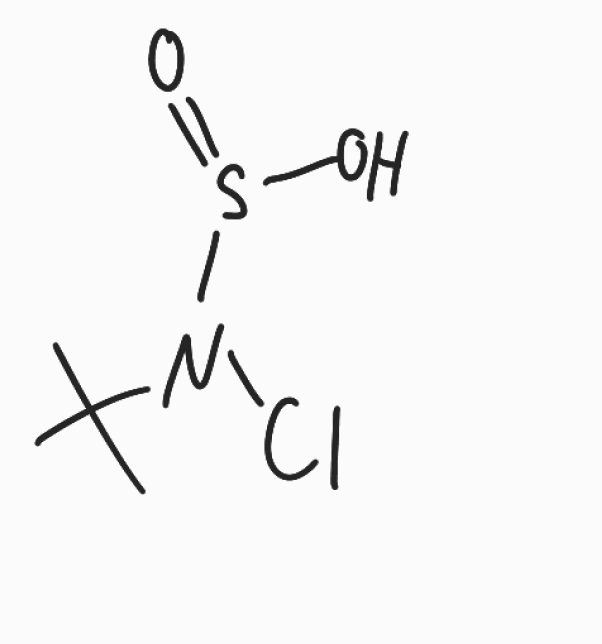
Simplified molecular-input line-entry system (SMILES) notation of the given molecule:
CC(C)(C)N(S(=O)O)Cl